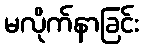
မလိုက်နာခြင်း